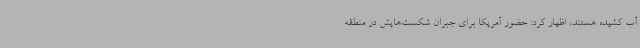
آب کشیده هستند، اظهار کرد: حضور آمریکا برای جبران شکست‌هایش در منطقه